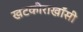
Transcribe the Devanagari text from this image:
खटकीराखाँसी